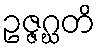
ဥဇ္ဇဂ္ဃတိ